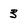
Character: 3